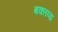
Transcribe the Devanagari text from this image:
बक्तव्य